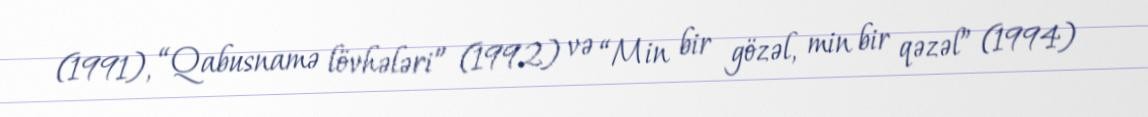
(1991), “Qabusnamə lövhələri” (1992) və “Min bir gözəl, min bir qəzəl” (1994)